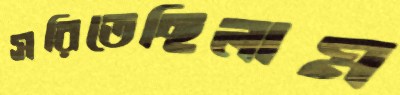
সরিতেছিলাম